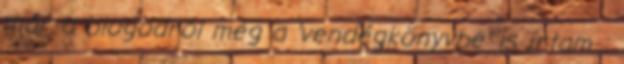
már a blogodról még a 'vendégkönyvbe' is írtam :